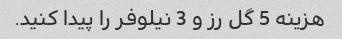
هزینه 5 گل رز و 3 نیلوفر را پیدا کنید.